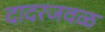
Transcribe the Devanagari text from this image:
दादरजवळ